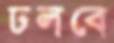
ঢলবে